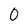
Character: 0